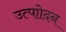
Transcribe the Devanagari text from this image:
उत्पाोदन